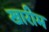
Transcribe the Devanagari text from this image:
खारीम